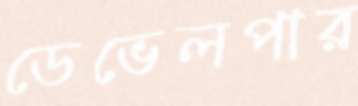
ডেভেলপার